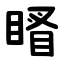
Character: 䁊